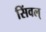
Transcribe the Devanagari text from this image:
सिंवल्